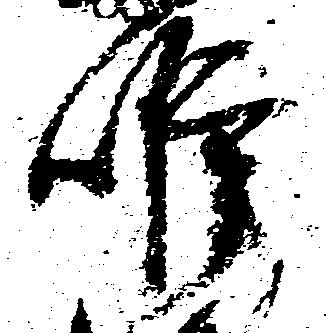
唯